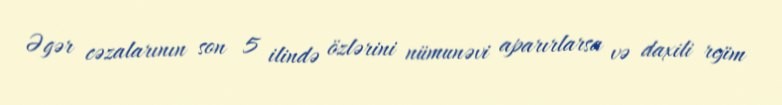
Əgər cəzalarının son 5 ilində özlərini nümunəvi aparırlarsa və daxili rejim